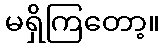
မရှိကြတော့။